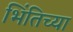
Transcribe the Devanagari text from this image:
भिंतिच्या